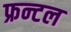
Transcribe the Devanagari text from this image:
फ्रन्‍टल